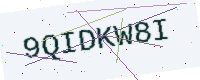
Text: 9QIDKW8I